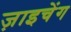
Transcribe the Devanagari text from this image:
ज़ाइचेंग